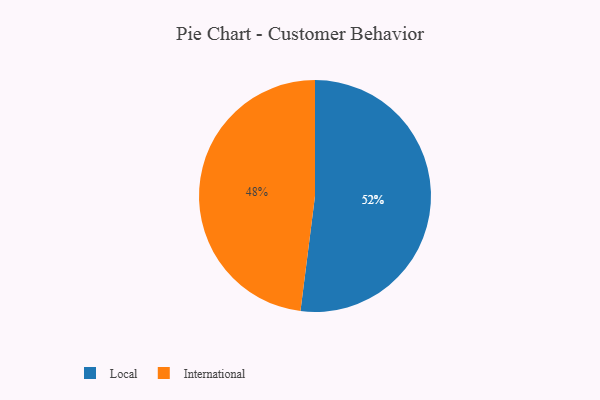
{"axis": {"x": "Category", "y": "Percentage"}, "legend": ["International", "Local"], "data": [{"x": "International", "y": 48, "type": "International"}, {"x": "Local", "y": 52, "type": "Local"}]}